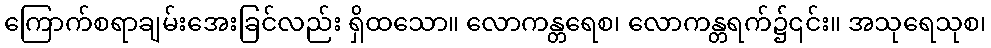
ကြောက်စရာချမ်းအေးခြင်လည်း ရှိထသော။ လောကန္တရေစ၊ လောကန္တရက်၌၎င်း။ အသုရေသုစ၊